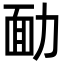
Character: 勔